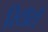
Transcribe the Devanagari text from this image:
रिटॉर्टों